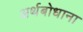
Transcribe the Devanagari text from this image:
अर्थबोधाना